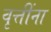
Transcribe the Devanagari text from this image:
वृत्तींना